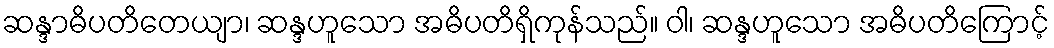
ဆန္ဒာဓိပတိတေယျာ၊ ဆန္ဒဟူသော အဓိပတိရှိကုန်သည်။ ဝါ၊ ဆန္ဒဟူသော အဓိပတိကြောင့်